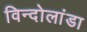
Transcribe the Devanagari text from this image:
विन्दोलांडा